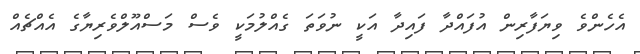
އެހެންވެ ވިޔަފާރިން އުފައްދާ ފައިދާ އަކީ ނުވަތަ ގެއްލުމަކީ ވެސް މަސްއޫލްވެރިޔާގެ އެއްޗެއް